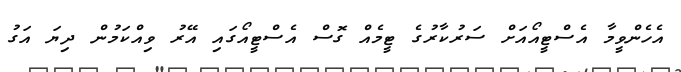
އެހެންވީމާ އެސްޓީއޯއަށް ސަރުކާރުގެ ޓީމެއް ގޮސް އެސްޓީއޯގައި އޭރު ވިއްކަމުން ދިޔަ އަގު